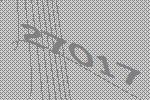
27017